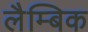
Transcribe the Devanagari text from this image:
लैम्बिक